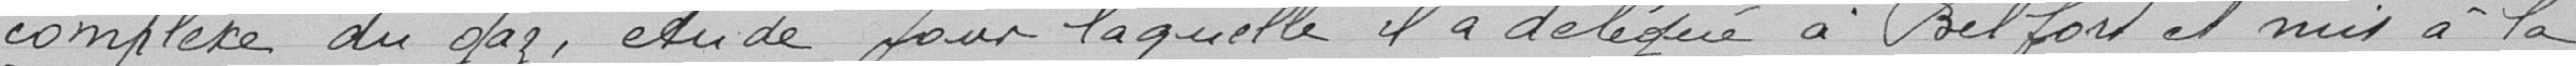
complexe du gaz, étude pour laquelle il a délégué à Belfort et mis à la